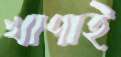
খাপাই